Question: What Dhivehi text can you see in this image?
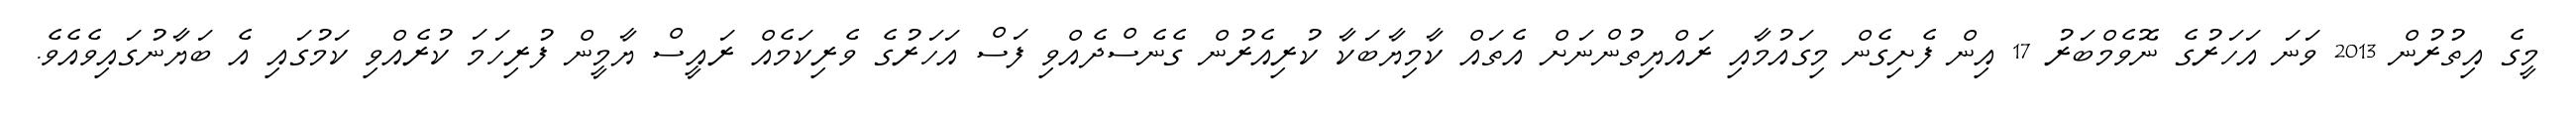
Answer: މީގެ އިތުރުން 2013 ވަނަ އަހަރުގެ ނޮވެމްބަރު 17 އިން ފެށިގެން މިގައުމާއި ރައްޔިތުންނަށް އެތައް ކާމިޔާބަކާ ކުރިއެރުން ގެނެސްދެއްވި ފަސް އަހަރުގެ ވެރިކަމެއް ރައީސް ޔާމީން ފުރިހަމަ ކުރެއްވި ކަމުގައި އެ ބަޔާނުގައިވެއެވެ.